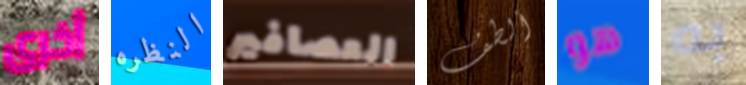
أخرى النظره العصافير ألطف هو به